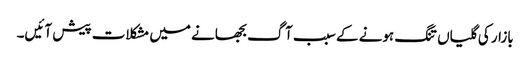
بازار کی گلیاں تنگ ہونے کے سبب آگ بجھانے میں مشکلات پیش آئیں۔